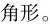
角形。